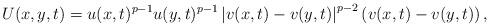
LaTeX: \begin{align*}U(x,y,t)=u(x,t)^{p-1}u(y,t)^{p-1}\left|v(x,t)-v(y,t)\right|^{p-2}\left(v(x,t)-v(y,t)\right),\end{align*}